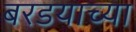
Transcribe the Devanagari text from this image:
बरडयाच्या